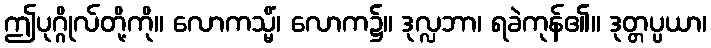
ဤပုဂ္ဂိုလ်တို့ကို။ လောကသ္မိံ၊ လောက၌။ ဒုလ္လဘာ၊ ရခဲကုန်၏။ ဒုတ္တပ္ပယာ၊